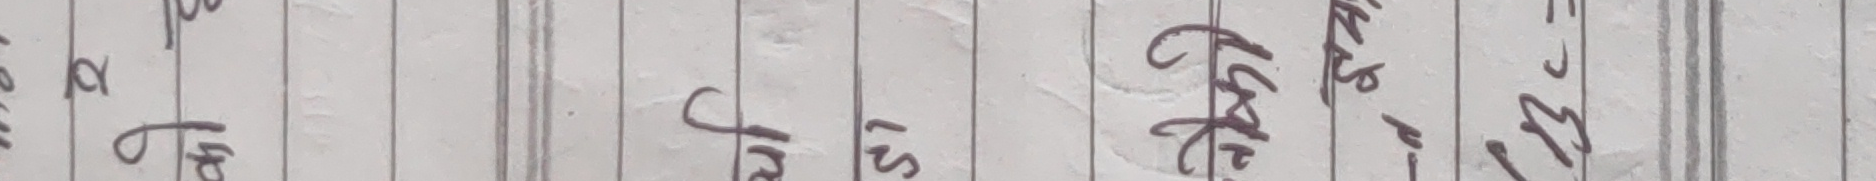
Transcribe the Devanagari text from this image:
ए प्र सि के गुरु अ २
ठ त फ स से ने न ४